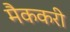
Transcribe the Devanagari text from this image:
मैककरी